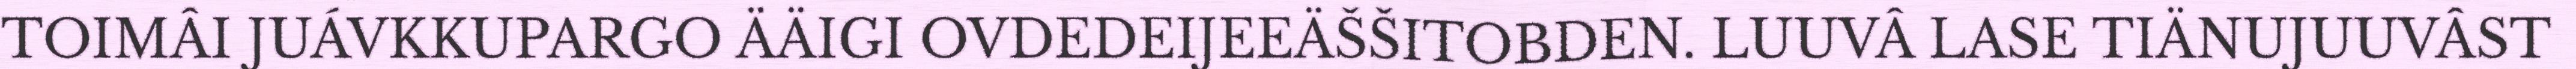
TOIMÂI JUÁVKKUPARGO ÄÄIGI OVDEDEIJEEÄŠŠITOBDEN. LUUVÂ LASE TIÄNUJUUVÂST